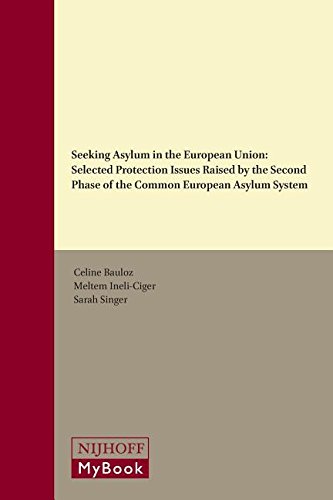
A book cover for Seeking Asylum in the European Union: Selected Protection Issues Raised by the Second Phase of the Common European Asylum System (International Refugee Law); Law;